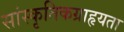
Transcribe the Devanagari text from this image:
सांस्कृतिकग्राहृयता